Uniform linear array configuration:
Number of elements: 8
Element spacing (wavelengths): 0.25
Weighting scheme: kaiser
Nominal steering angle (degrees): -15
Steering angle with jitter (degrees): -13.618
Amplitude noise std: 0.05
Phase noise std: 0.05

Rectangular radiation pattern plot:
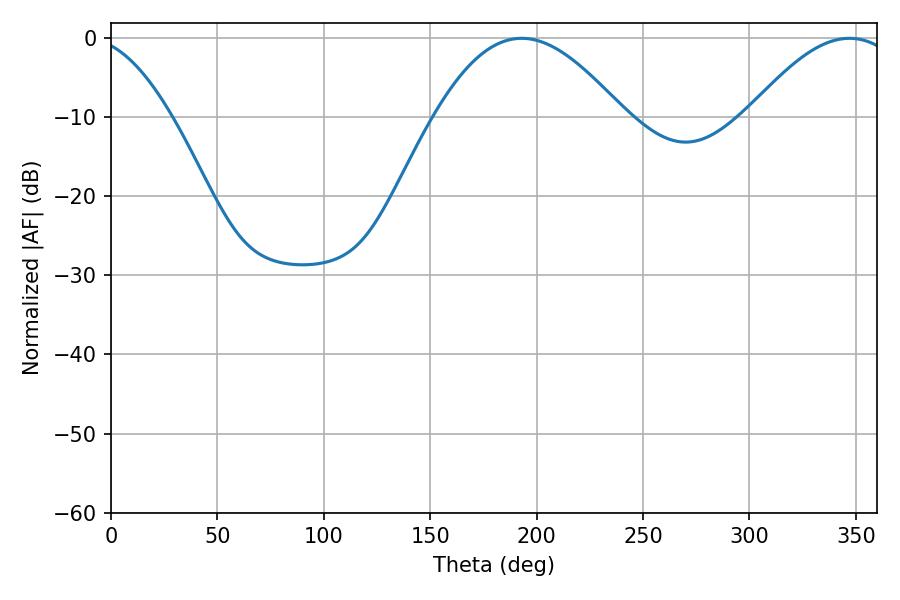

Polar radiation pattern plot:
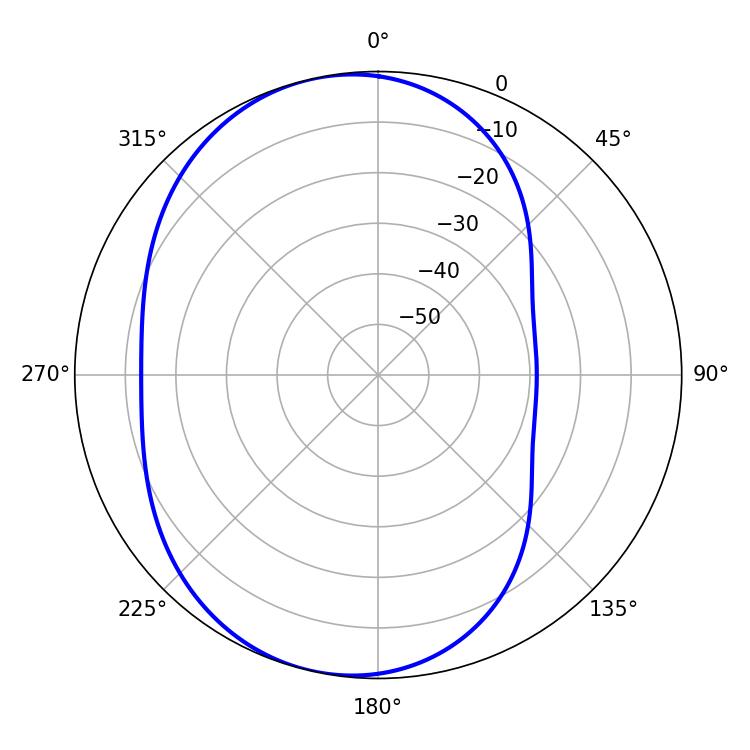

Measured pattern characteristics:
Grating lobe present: FALSE
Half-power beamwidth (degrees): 48.24
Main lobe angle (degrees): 192.96